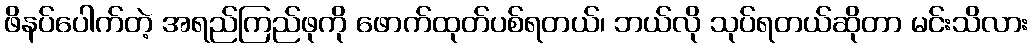
ဖိနပ်ပေါက်တဲ့ အရည်ကြည်ဖုကို ဖောက်ထုတ်ပစ်ရတယ်၊ ဘယ်လို သုပ်ရတယ်ဆိုတာ မင်းသိလား